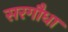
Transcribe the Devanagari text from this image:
सरगौधा